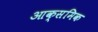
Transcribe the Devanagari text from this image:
आक्समिक